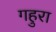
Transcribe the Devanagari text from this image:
गहुरा